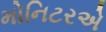
મોનિટરએ